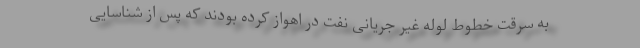
به سرقت خطوط لوله غیر جریانی نفت در اهواز کرده بودند که پس از شناسایی